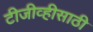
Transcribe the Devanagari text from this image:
टीजीव्हीसाठी